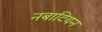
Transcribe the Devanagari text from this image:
नबाटियन